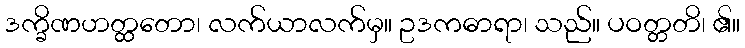
ဒက္ခိဏဟတ္ထတော၊ လက်ယာလက်မှ။ ဥဒကဓာရာ၊ သည်။ ပဝတ္တတိ၊ ၏။